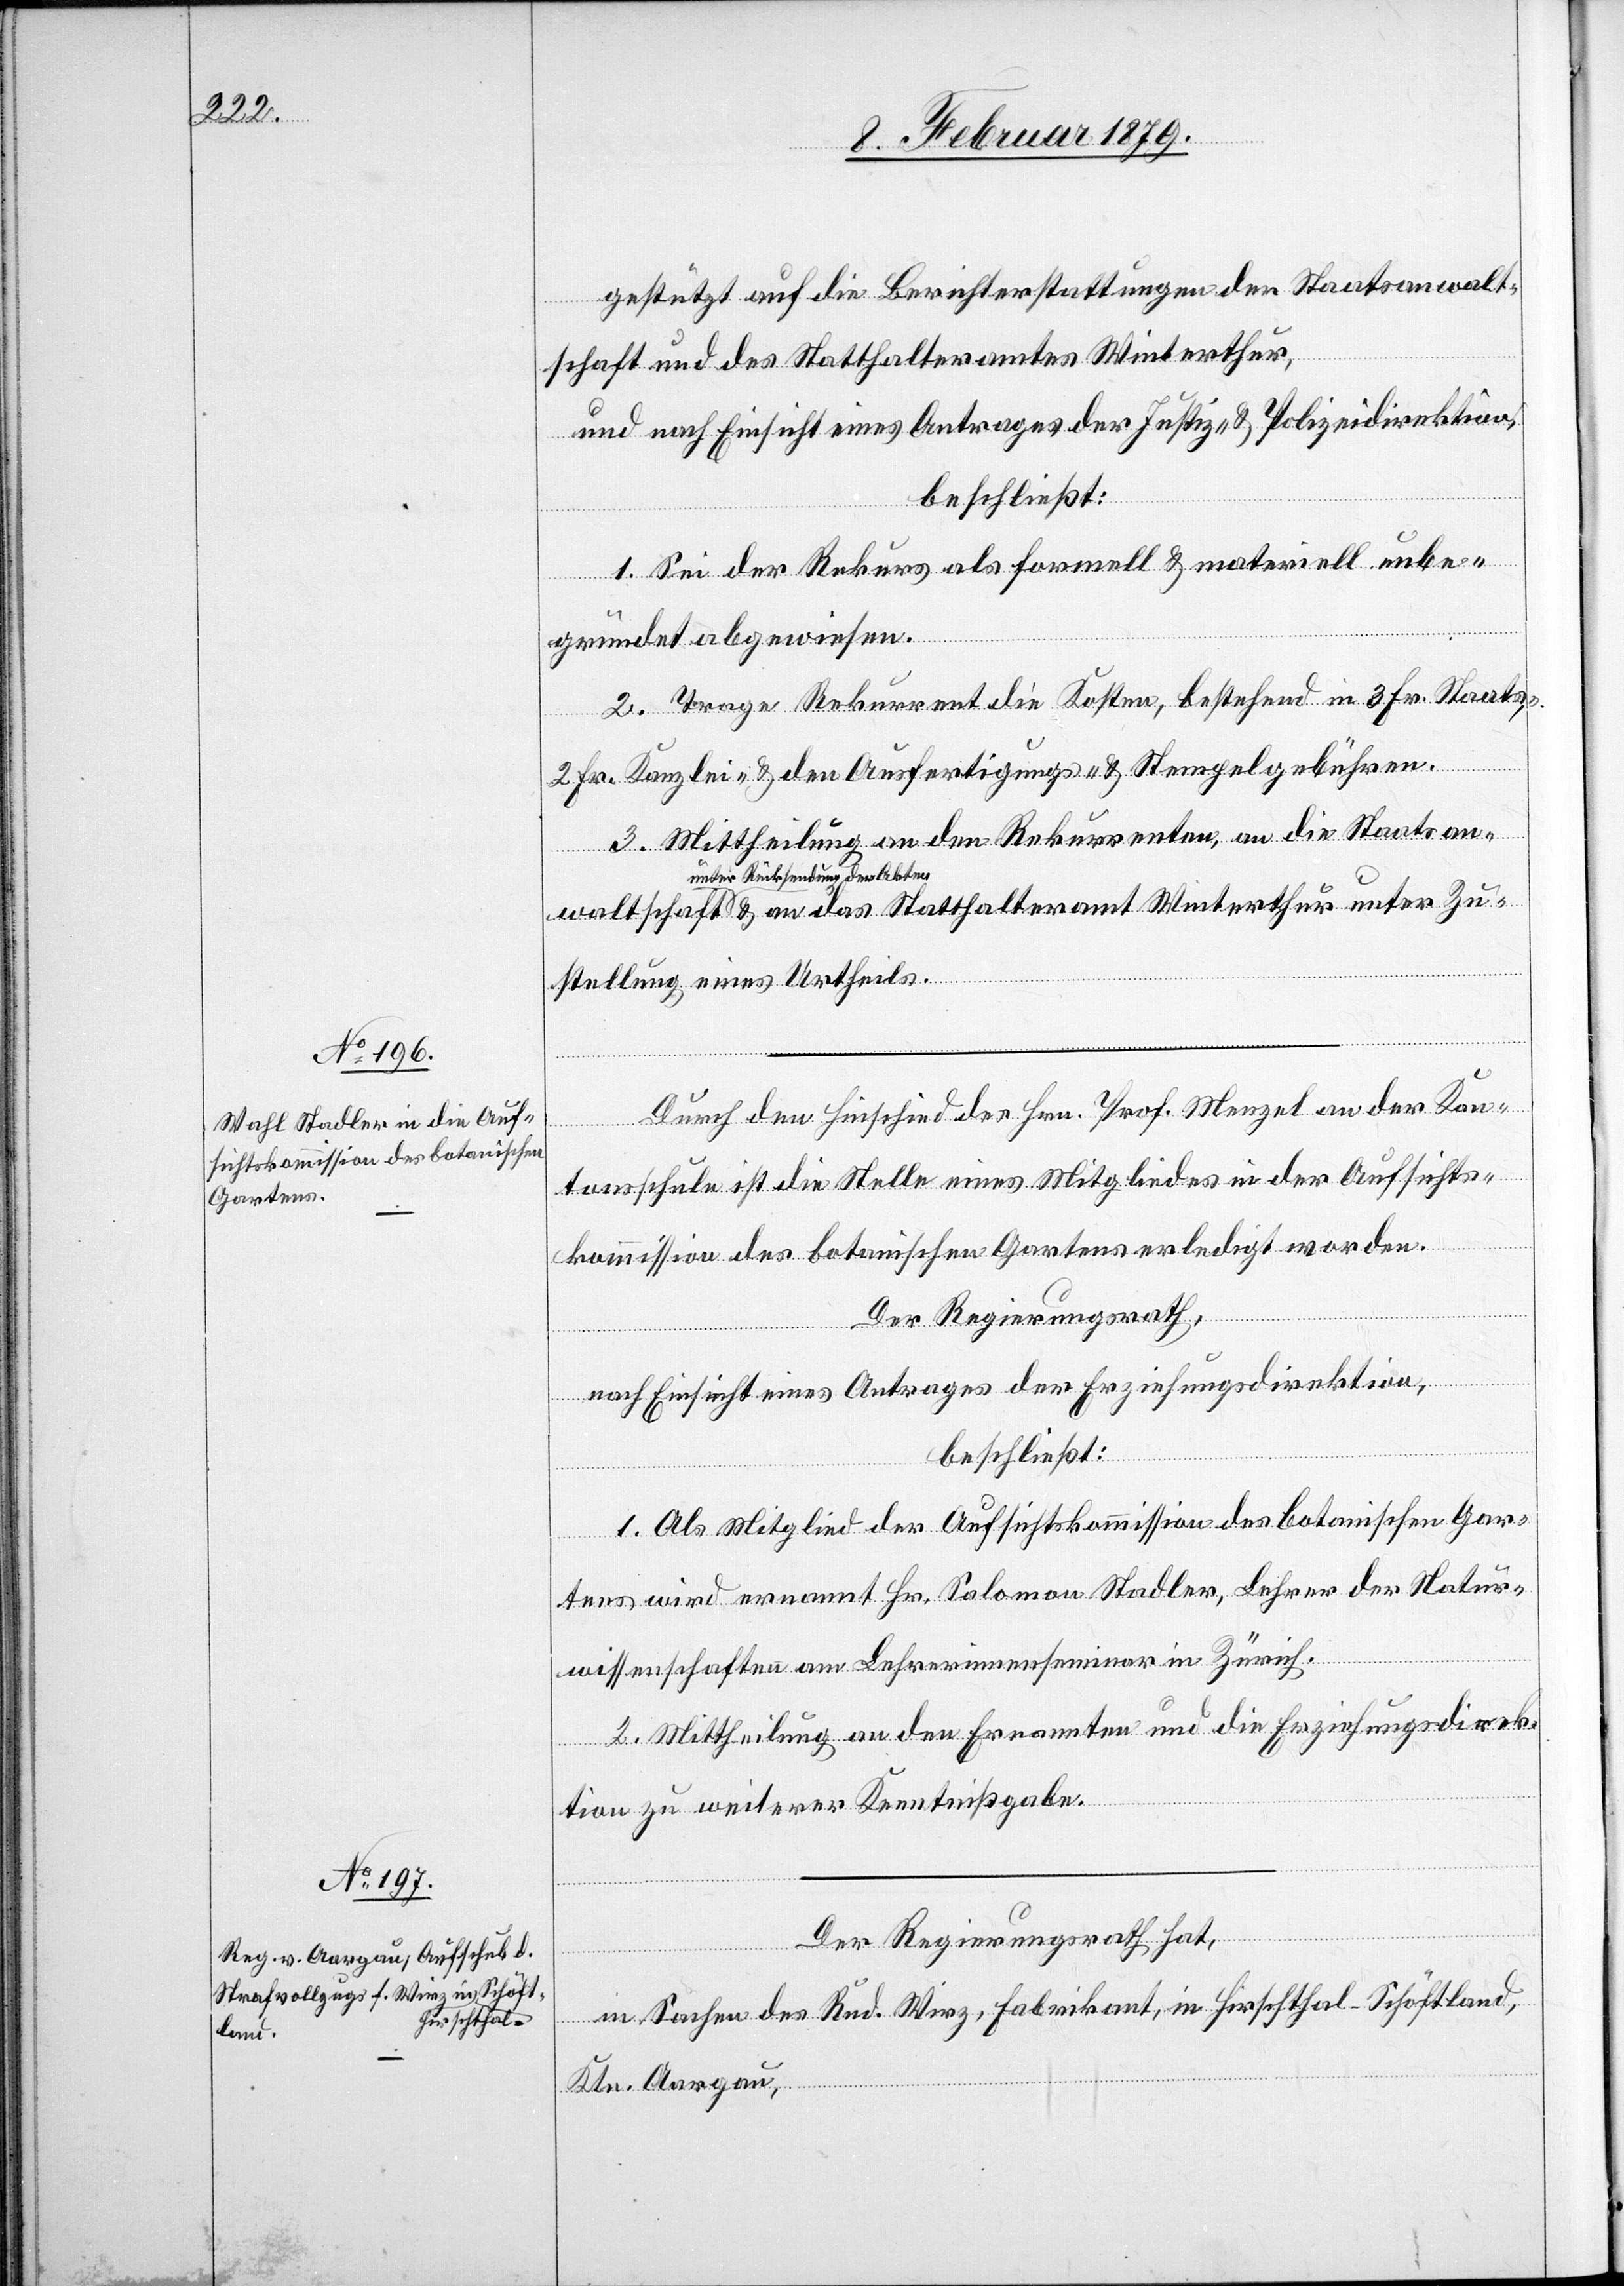
gestützt auf die Berichterstattung der Staatsanwalt¬
schaft und des Statthalteramtes Winterthur,
und nach Einsicht eines Antrages der Justiz- & Polizeidirektion,
beschließt:
1. Sei der Rekurs als formell & materiell unbe¬
gründet abgewiesen.
2. Trage Rekurrent die Kosten, bestehend in 3 Fr. Staats-,
2 Fr. Kanzlei- & den Ausfertigungs- & Stempelgebühren.
3. Mittheilung an den Rekurrenten, an die Staatsan¬
a-unter Rücksendung der Akten-a
stellung eines Urtheils.
Durch den Hinschied des Hrn. Prof. Menzel an der Kan¬
tonsschule ist die Stelle eines Mitgliedes in der Aufsichts¬
kommission des botanischen Gartens erledigt worden.
Der Regierungsrath,
nach Einsicht eines Antrages der Erziehungsdirektion,
beschließt:
1. Als Mitglied der Aufsichtskommission des botanischen Gar¬
tens wird ernannt Hr. Salomon Stadler, Lehrer der Natur¬
wissenschaften am Lehrerinnenseminar in Zürich.
2. Mittheilung an den Ernannten und die Erziehungsdirek¬
ter Zu¬
tion zu weiterer Kenntnißgabe.
Statthalteramt
Der Regierungsrath hat,
in Sachen des Rud. Wirz, Fabrikant, in Hirschthal - Schöftland,
Ktn. Aargau,

un¬